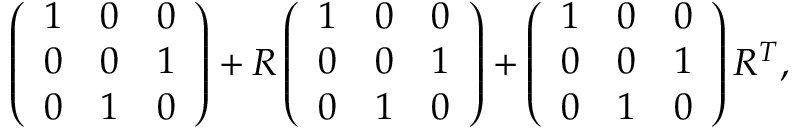
\left( \begin{array} { l l l } { { 1 } } & { { 0 } } & { { 0 } } \\ { { 0 } } & { { 0 } } & { { 1 } } \\ { { 0 } } & { { 1 } } & { { 0 } } \end{array} \right) + R \left( \begin{array} { l l l } { { 1 } } & { { 0 } } & { { 0 } } \\ { { 0 } } & { { 0 } } & { { 1 } } \\ { { 0 } } & { { 1 } } & { { 0 } } \end{array} \right) + \left( \begin{array} { l l l } { { 1 } } & { { 0 } } & { { 0 } } \\ { { 0 } } & { { 0 } } & { { 1 } } \\ { { 0 } } & { { 1 } } & { { 0 } } \end{array} \right) R ^ { T } ,